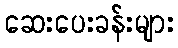
ဆေးပေးခန်းများ